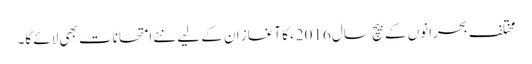
مختلف بحرانوں کے بیچ سال 2016ء کا آغاز ان کے لیے نئے امتحانات بھی لائے گا۔